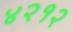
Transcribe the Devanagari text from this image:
४२१२